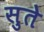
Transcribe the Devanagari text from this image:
सुते